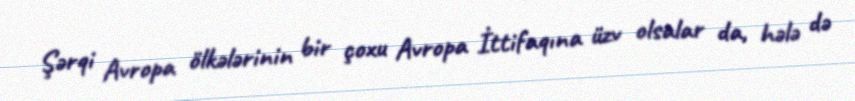
Şərqi Avropa ölkələrinin bir çoxu Avropa İttifaqına üzv olsalar da, hələ də